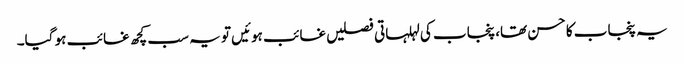
یہ پنجاب کا حسن تھا، پنجاب کی لہلہاتی فصلیں غائب ہوئیں تو یہ سب کچھ غائب ہو گیا۔